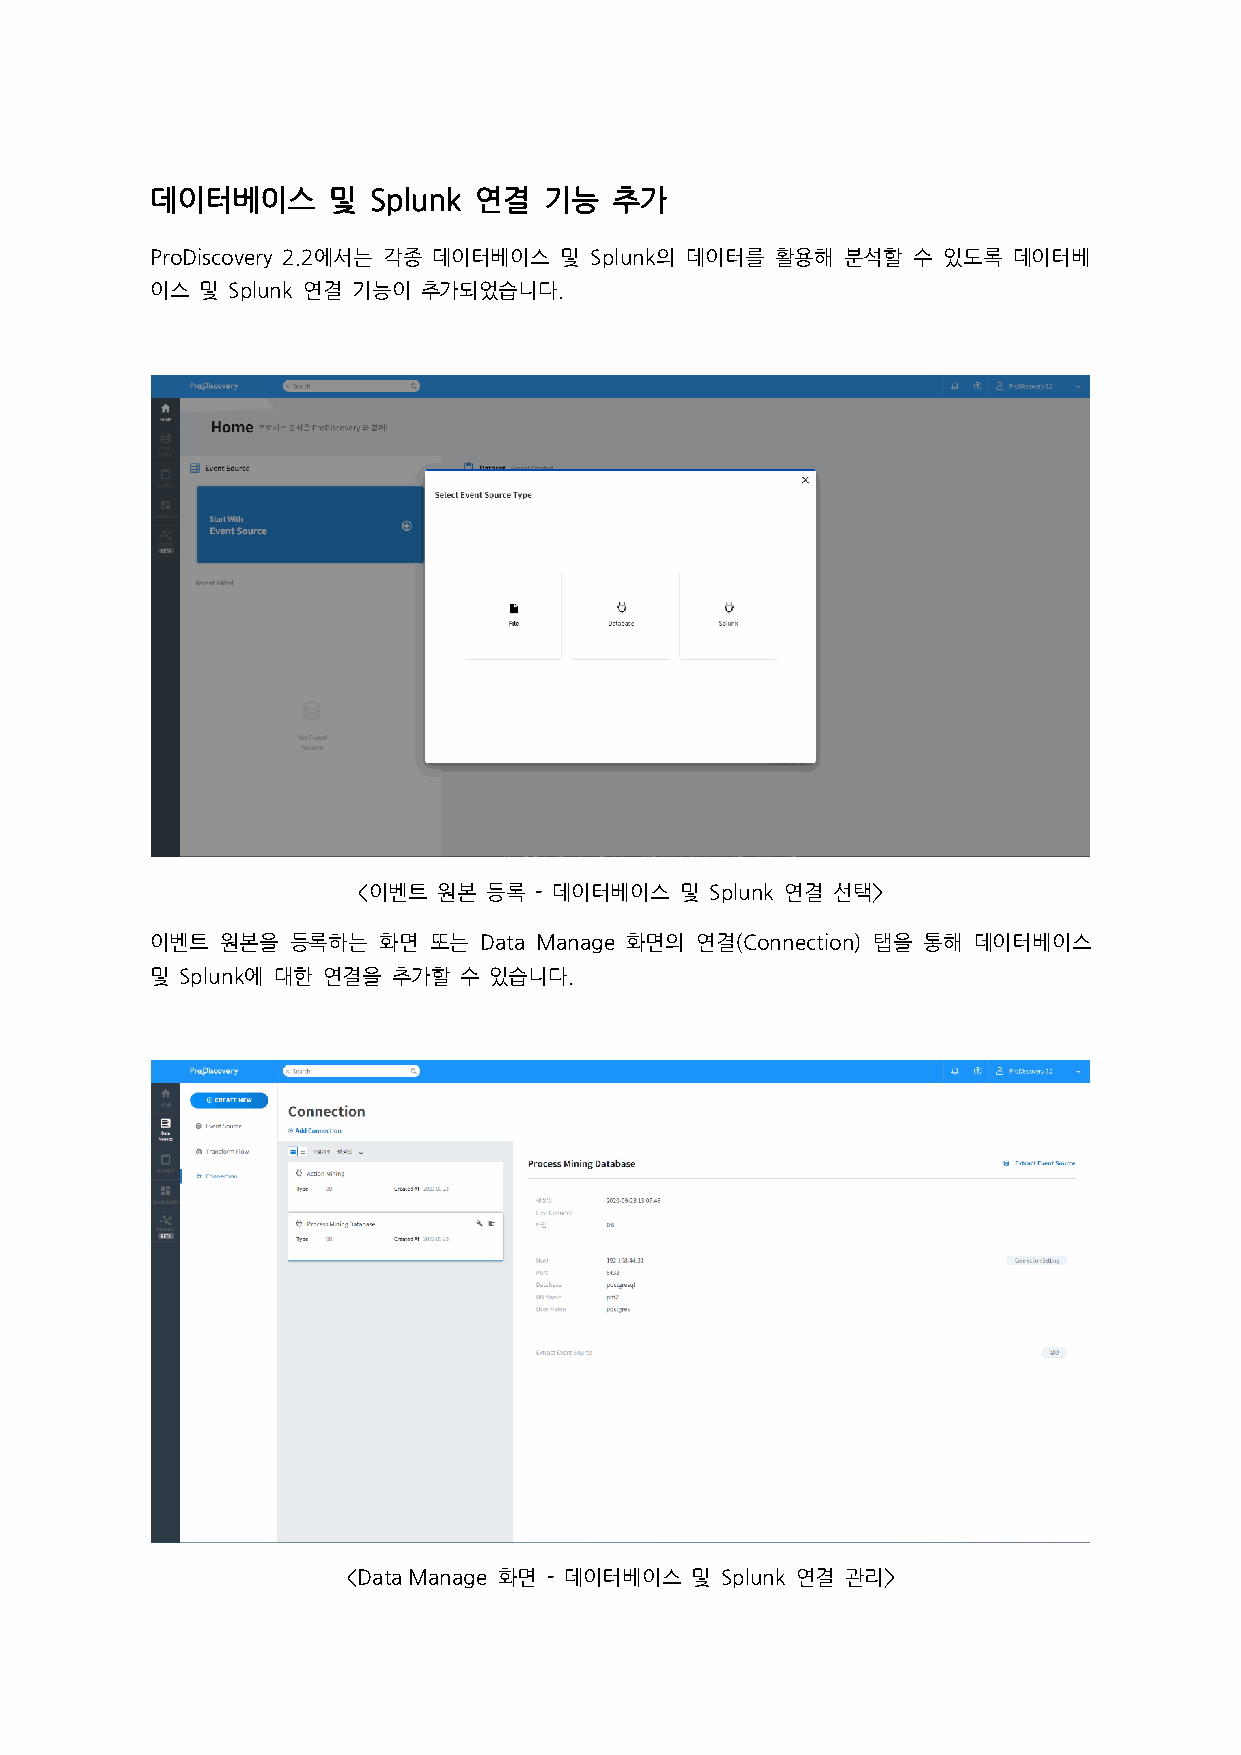
데이터베이스      및 Splunk 연결   기능   추가
 ProDiscovery 2.2에서는 각종 데이터베이스 및 Splunk의 데이터를 활용해 분석할 수 있도록 데이터베
 이스 및 Splunk 연결 기능이 추가되었습니다.
 <이벤트 원본 등록 - 데이터베이스  및 Splunk 연결 선택>
 이벤트  원본을 등록하는  화면 또는  Data Manage 화면의 연결(Connection) 탭을 통해 데이터베이스
 및 Splunk에 대한 연결을 추가할 수 있습니다.
 <Data Manage 화면 - 데이터베이스 및 Splunk 연결 관리>